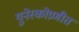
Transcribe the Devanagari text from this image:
युनेस्कोप्रणीत